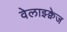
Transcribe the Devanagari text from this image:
वेलाझ्क्वेज